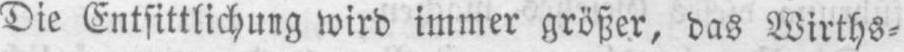
Die Entsittlichung wird immer größer, das Wirths⸗